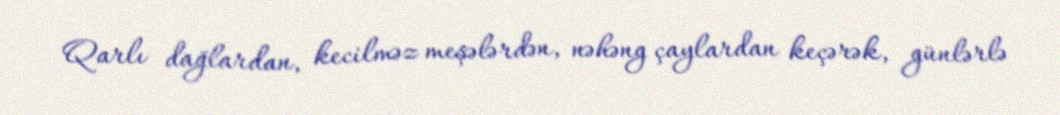
Qarlı dağlardan, kecilməz meşələrdən, nəhəng çaylardan keçərək, günlərlə